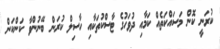
ކުރަނީ ކޮން މަސައްކަތެއް ކަމާއި ދުވަހުގެ ޓާސްކުތަކާއި ހާސިލް ކުރަން ބޭނުންވާ ކަންކަން